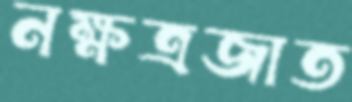
নক্ষত্রজাত